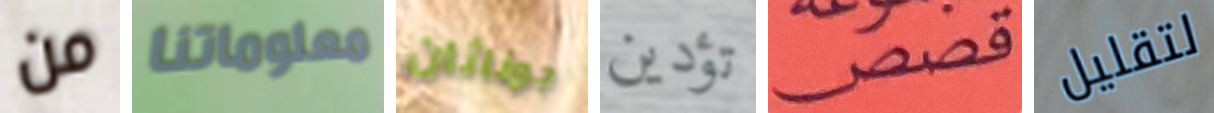
من معلوماتنا جوناثان تؤدين قصص لتقليل